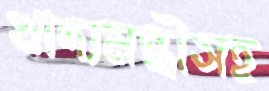
খাদ্যমন্ত্রীসহ